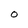
Character: S